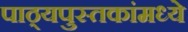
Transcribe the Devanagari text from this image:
पाठ्यपुस्तकांमध्ये